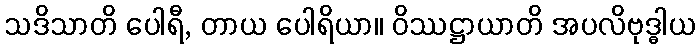
သဒိသာတိ ပေါရီ, တာယ ပေါရိယာ။ ဝိဿဋ္ဌာယာတိ အပလိဗုဒ္ဓါယ